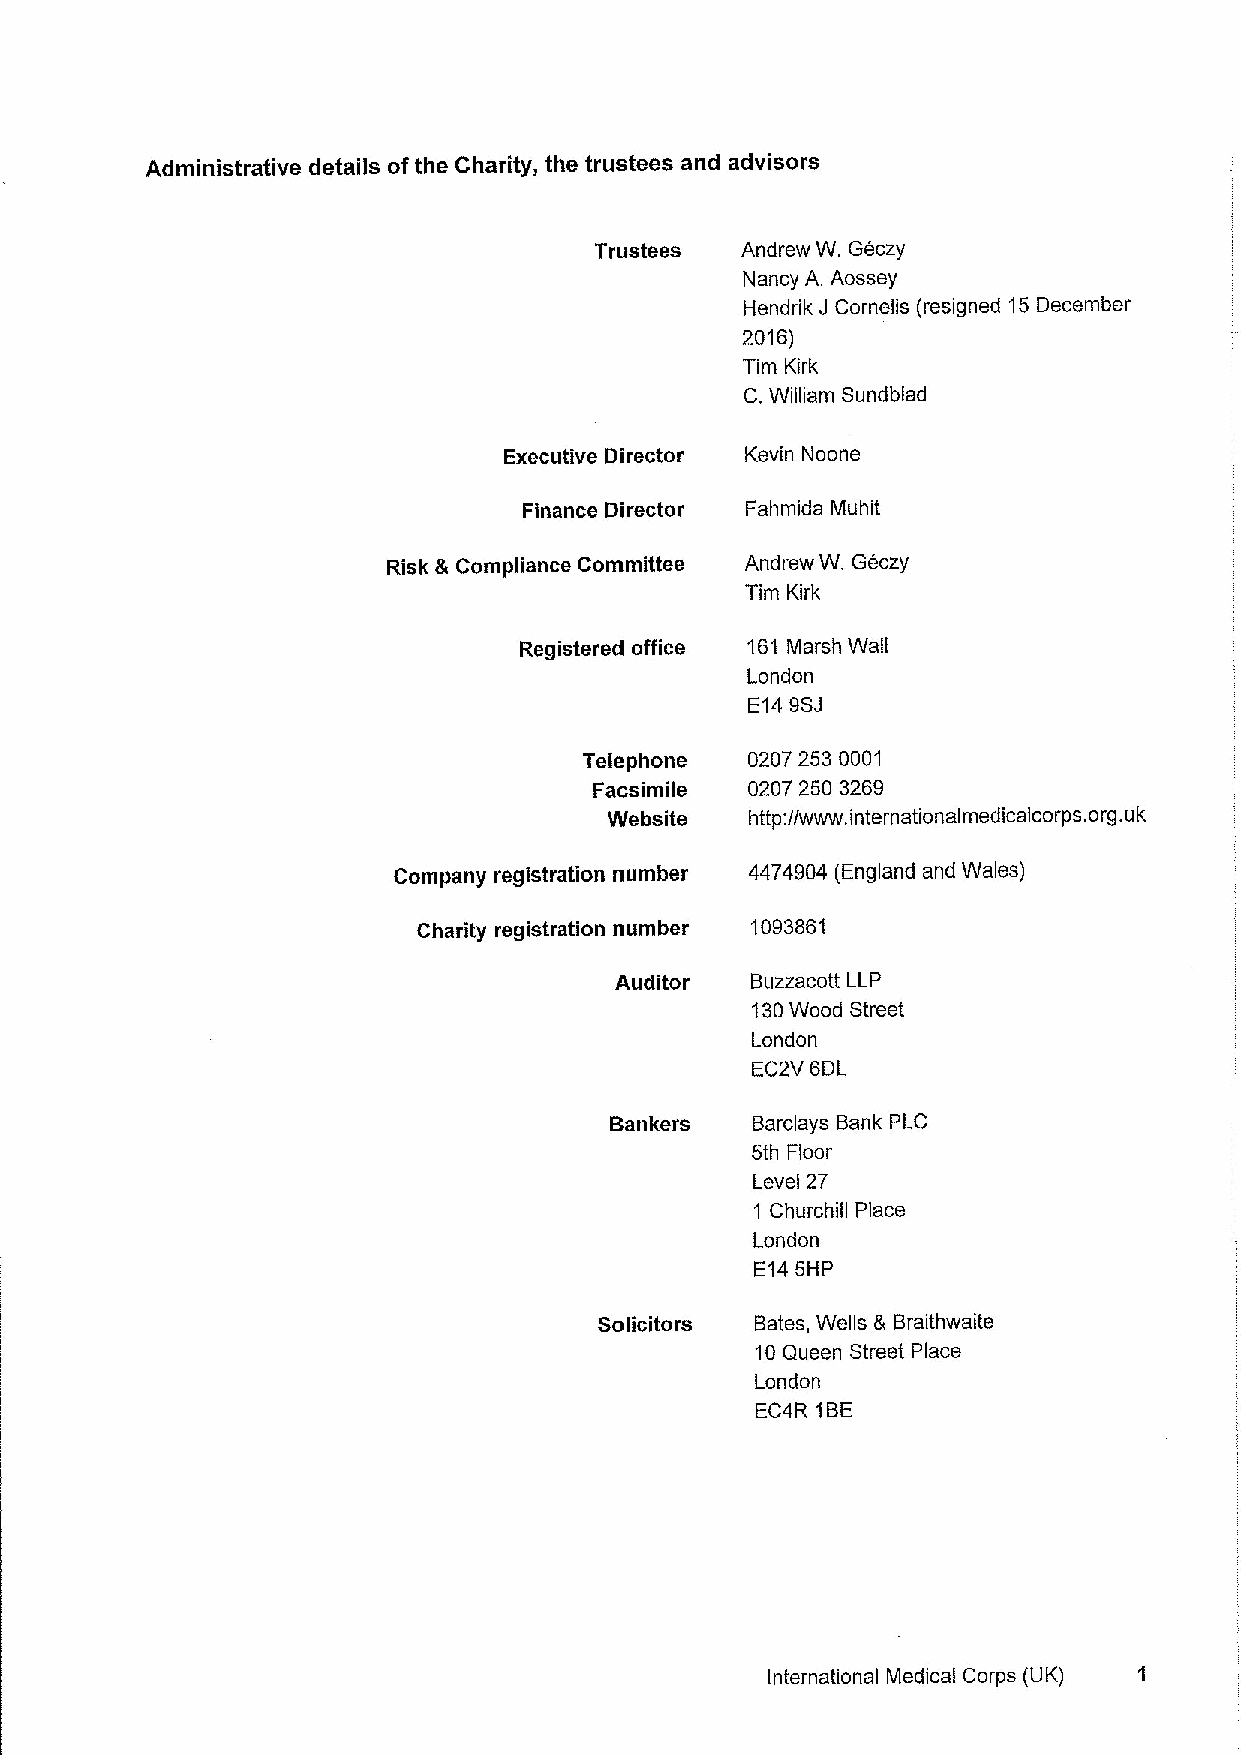
Administrative details ofthe Charity, the trustees and advisors
 Trustees  Andrew W. Geczy
 Nancy A. Aossey
 Hendrik J Cornelis (resigned 15December
 2016)
 Tim Kirk
 C.William Sundblad
 Executive Director Kevin Noone
 Finance Director Fahmida Muhit
 Risk &Compliance Committee Andrew W, Geczy
 Tim Kirk
 Registered office 161 Marsh Wall
 London
 E149SJ
 Telephone  0207 253 0001
 Facsimile  0207 250 3269
 Website   http://www. internationalmedicalcorps. org.uk
 Company registration number 4474904 (England and Wales)
 Charity registration number 1093861
 Auditor  Buzzacott LLP
 130Wood Street
 London
 EC2V 6DL
 Bankers   Barclays Bank PLC
 5th Floor
 Level 27
 1 Churchill Place
 London
 E145HP
 Solicitors Bates, Wells & Braithwaite
 10Queen Street Place
 London
 EC4R 1BE
 International Medical Corps (UK) 1